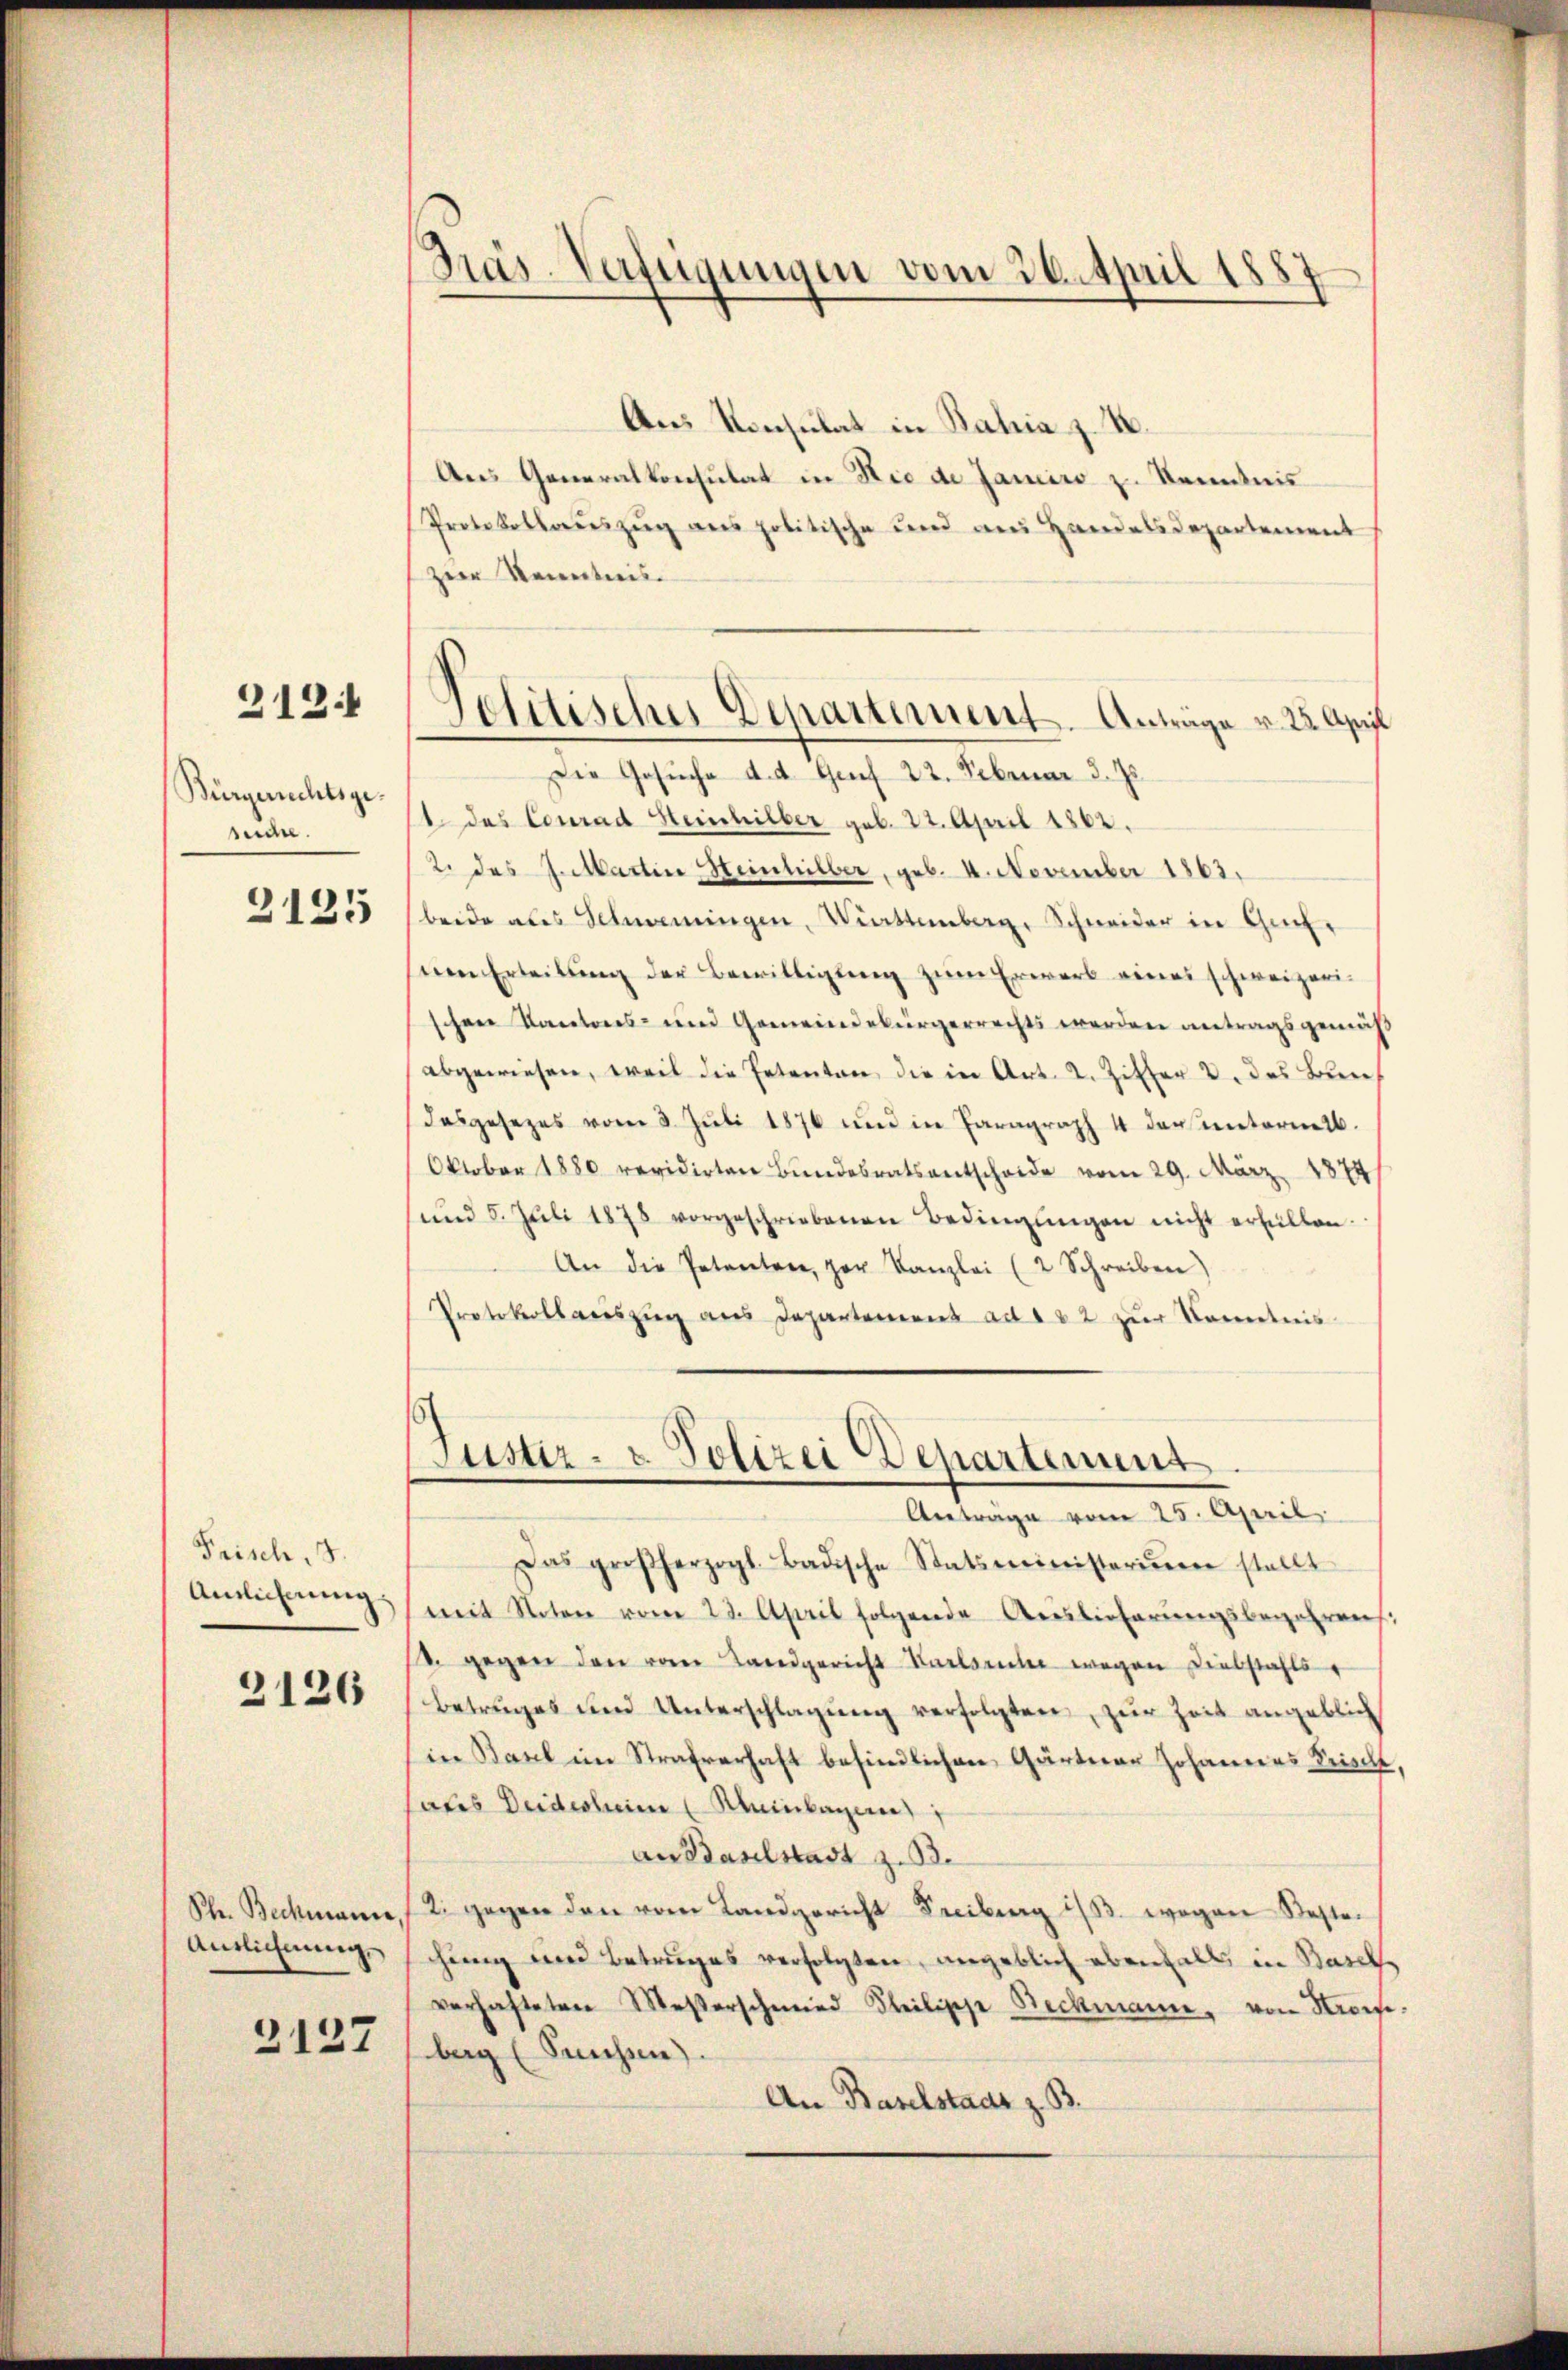
212.

Bürgerrechtsge-
suche.
3125

2126

2127

Frisch. 3.
Auslicherung

Shr. Bechmann
Antlichnung.

Protokollreŭeszŭg ans politische und an Handelsdepartement
Herr Kenntnis.

Pras-Verfügungen vom 26. April 1887

Politisches Departement. Anträge v. 22. April

Aus Konsulat in Bahia z. B.
Aus Generalkonsulat in Nie de Janeiro z. Kenntnis
Die Gesuche d. d. Genf 22. Februar d. Js.
1 des Conrad Heinhilber geb. 22. April 1862.
2. das J. Martin Heinhilber, geb. 4. November 1863.
beide als Schmanningen, Wirttemberg, Schneider in Genf,
nen Erteilŭng der Bewilligŭng zŭm Erwart einer schweizeri-
schene Kantons- und Gemeindebürgerrechts werden antragsgemäß
abgewiesen, weil die Petenten, die in Art. 2. Zitter 2. des Bun
Dasgesezes vom 3. Jŭli 1876 und in Paragraph 4 der unternet.
Oktober 1880 revidirten Bundesratsentscheide vom 29. März 1874
(und 5. Jŭli 1878 vorgeschriebenen Bedingŭngen nicht erfüllen.
An die Petenten, zur Kanzlei (2 Schreiben)
Protokollauszug aus Departement ad 122 zŭr Kenntnis

Justiz- & Polizei Departement
Anträge vom 25. April
Das großherzogl. Badische Statsministerium stellt

mit Noten vom 23. April folgende Auslieferŭngsbegehrens
d. gegen den von Landgericht Karlsruhe wegen Diebstahls
Betruges und Unterschlagŭng verfolgten, zŭr Zeit angeblic
in Basel im Strafverhaft befindlichen Gärterer Johannes Frisch,
aues Beidesheim Kleinlagen
an Baselstadt z. 33.
2. gegen den vom Landgericht Freiburg 133. wegen Bestechung und Betruges verfolgten, angeblich ebenfall, in Basel
verhafteten Messerschmied Steilische Beckmann, von Strose,
berg (Sunsten.
An Baselstadt z. B.